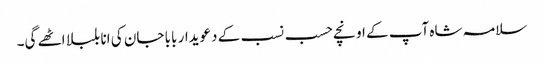
سلامہ شاہ آپ کے اونچے حسب نسب کے دعویدار بابا جان کی انا بلبلا اٹھے گی۔